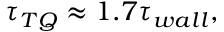
\tau _ { T Q } \approx 1 . 7 \tau _ { w a l l } ,